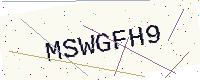
Text: MSWGFH9